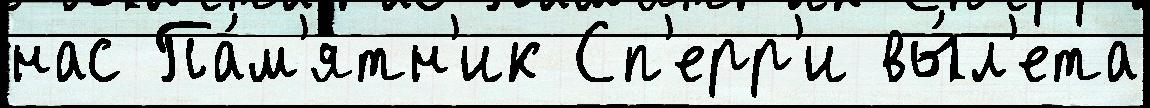
нас Па́м'ятн'ик Сп'ерр'и вы́л'ета